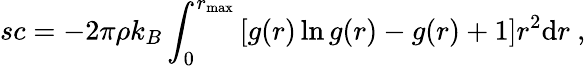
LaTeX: sc=-2\pi\rho k_{B}\int_{0}^{r_{\mathrm{max}}}\left[g(r)\ln g(r)-g(r)+1\right]r^{2}\mathrm{d}r~,